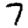
Digit: 7